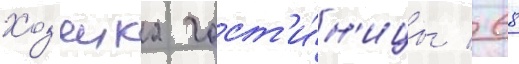
Хоз'яика гост'и́н'ицы / 68